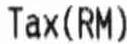
TAX (RM)